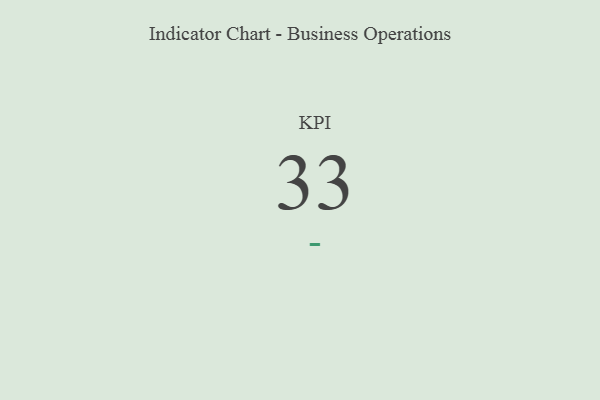
{"axis": {"x": "KPI", "y": "Value"}, "legend": [""], "data": [{"x": "KPI", "y": 33, "type": ""}]}